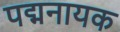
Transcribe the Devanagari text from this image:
पद्मनायक